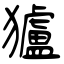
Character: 獹